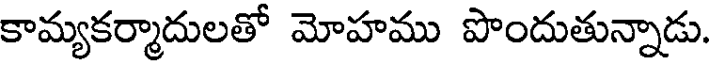
కామ్యకర్మాదులతో మోహము పొందుతున్నాడు.